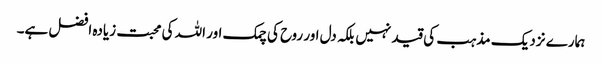
ہمارے نزدیک مذہب کی قید نہیں بلکہ دل اور روح کی چمک اور اللہ کی محبت زیادہ افضل ہے۔